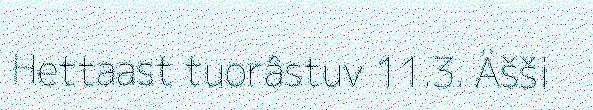
Hettaast tuorâstuv 11.3. Äšši